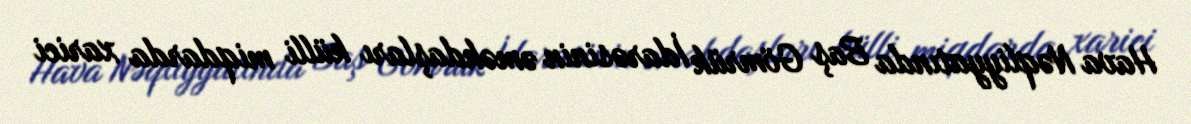
Hava Nəqliyyatında Baş Gömrük İdarəsinin əməkdaşları külli miqdarda xarici